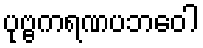
ပုဗ္ဗကရဏပဘဝေါ